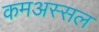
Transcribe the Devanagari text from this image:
कमअस्सल